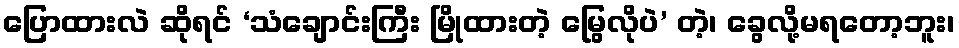
ပြောထားလဲ ဆိုရင် ‘သံချောင်းကြီး မြိုထားတဲ့ မြွေလိုပဲ’ တဲ့၊ ခွေလို့မရတော့ဘူး၊